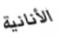
الأنانية